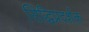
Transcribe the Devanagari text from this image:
सिद्धिप्रदर्शक